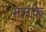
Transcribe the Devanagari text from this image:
भमके